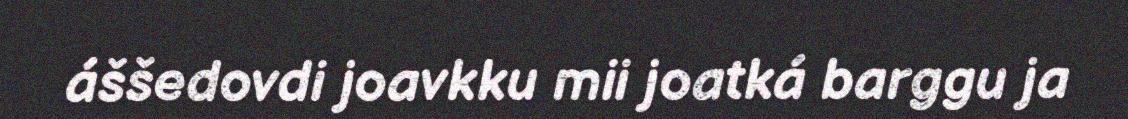
áššedovdi joavkku mii joatká barggu ja